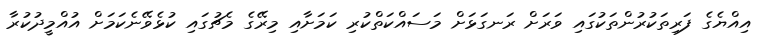
އިއްޔެގެ ފަރިތަކުރުންތަކުގައި ވަރަށް ރަނގަޅަށް މަސައްކަތްކުރި ކަމަށާއި މިރޭގެ މެޗުގައި ކުޅެވޭނެކަމަށް އުއްމީދުކުރާ